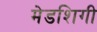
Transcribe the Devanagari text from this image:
मेडशिगी